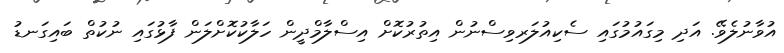
އުވާނުލެވޭ. އަދި މިގައުމުގައި ސެކިއުލަރވިސްނުން އިތުރުކޮށް އިސްލާމްދީން ހަލާކުކޮށްލަން ފާޅުގައި ނުކުތް ބައިގަނޑު